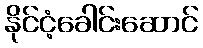
နိုင်ငံ့ခေါင်းဆောင်